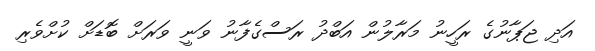
އަދި ޖަޕާނުގެ ރަހީނު މަރާލުން އަބްދު ރަސްގެފާނު ވަނީ ވަރަށް ބޮޑަށް ކުށްވެރި